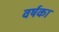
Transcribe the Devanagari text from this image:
वर्षका